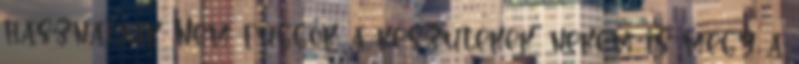
hasznaljak Nem függők a készülékek, nekem is megy a